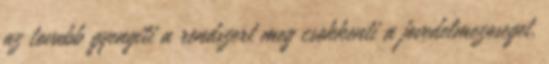
az tovabb gyengiti a rendszert meg csokkenti a jovedelmezoseget.